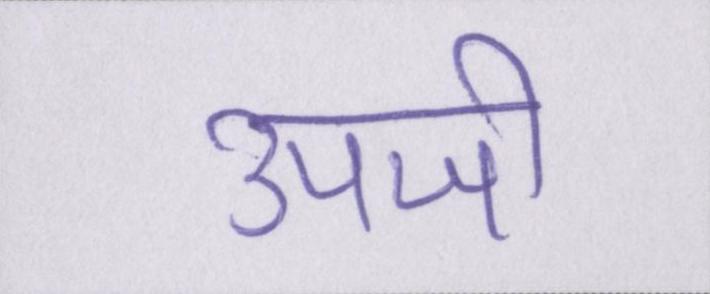
उपजी